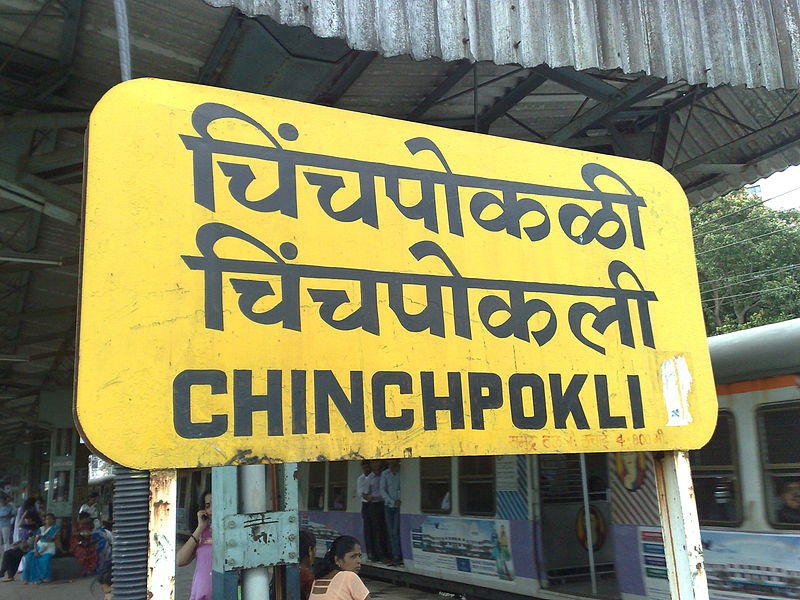
Language: marathi
Transcription: चिंचपोकळी